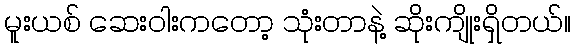
မူးယစ် ဆေးဝါးကတော့ သုံးတာနဲ့ ဆိုးကျိုးရှိတယ်။